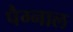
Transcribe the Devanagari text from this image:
पैग्नाल